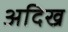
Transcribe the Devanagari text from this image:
अदिख